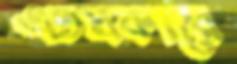
এতপ্রকারে